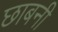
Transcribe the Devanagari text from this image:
छाबनी